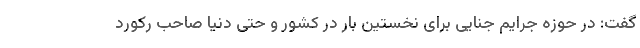
گفت: در حوزه جرایم جنایی برای نخستین بار در کشور و حتی دنیا صاحب رکورد